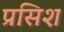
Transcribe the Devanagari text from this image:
प्रसिश